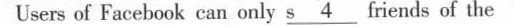
Users of Facebook can only s \underline4 friends of the